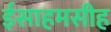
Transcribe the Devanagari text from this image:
ईसाहमसीह